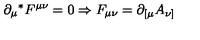
\partial _ { \mu } { } ^ { * } F ^ { \mu \nu } = 0 \Rightarrow F _ { \mu \nu } = \partial _ { [ \mu } A _ { \nu ] }